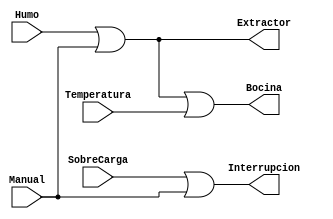
`timescale 1ns / 1ps
//////////////////////////////////////////////////////////////////////////////////
// Company: 
// Engineer: 
// 
// Design Name: 
// Module Name:    Decodificador_de_senales 
// Project Name: 
// Target Devices: 
// Tool versions: 
// Description: 
//
// Dependencies: 
//
// Revision: 
// Revision 0.01 - File Created
// Additional Comments: 
//
//////////////////////////////////////////////////////////////////////////////////
module Decodificador_de_senales(

input wire Temperatura, Manual, SobreCarga, Humo,

output wire Bocina, Extractor, Interrupcion
);



or or_1(Extractor,Humo,Manual);

or or_2(Bocina,Extractor,Temperatura);

or or_3(Interrupcion,SobreCarga,Manual);

endmodule